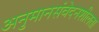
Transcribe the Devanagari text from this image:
अनुमानसंवेदनशीलता